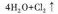
4 H_{2} 0 + C l_{2} \uparrow$$